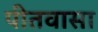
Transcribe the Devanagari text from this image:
पीतवासा